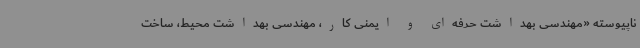
ناپیوسته «مهندسی بهداشت حرفه‌ای و ایمنی کار، مهندسی بهداشت محیط، ساخت